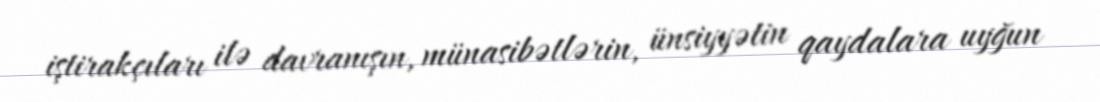
iştirakçıları ilə davranışın, münasibətlərin, ünsiyyətin qaydalara uyğun